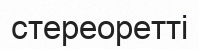
стереоретті